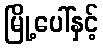
မြို့ပေါ်နှင့်